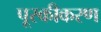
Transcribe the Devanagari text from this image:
पूरकीकरण